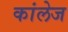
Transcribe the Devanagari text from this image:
कांलेज